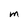
Character: M